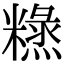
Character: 𥼙